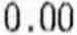
0.00